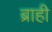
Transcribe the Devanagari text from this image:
ब्राही